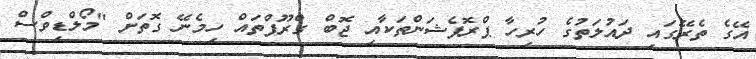
އޭގެ ތެރޭގައި ދައުލަތުގެ ހުރިހާ ޕްރޮފެޝަންތަކާއި ޖޮބް ގްރޫޕްތައް ހިމެނޭ ގޮތަށް "މޯލްޑިވްސް